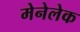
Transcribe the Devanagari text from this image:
मेनेलेक